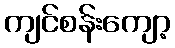
ကျင်စန်းကျော့